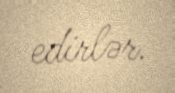
edirlər.